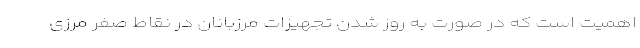
اهمیت است که در صورت به ‌روز شدن تجهیزات مرزبانان در نقاط صفر مرزی